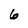
Character: 6